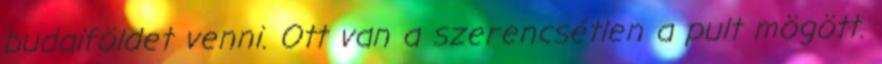
budaiföldet venni. Ott van a szerencsétlen a pult mögött.